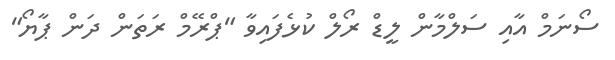
ސޯނަމް އާއި ސަލްމާން ލީޑް ރޯލް ކުޅެފައިވާ "ޕްރޭމް ރަތަން ދަން ޕާޔޯ"